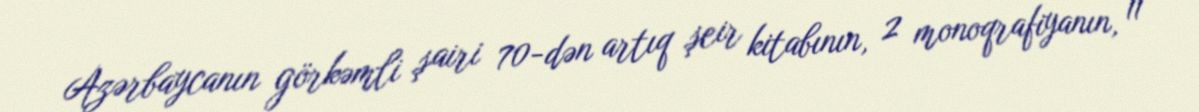
Azərbaycanın görkəmli şairi 70-dən artıq şeir kitabının, 2 monoqrafiyanın, 11